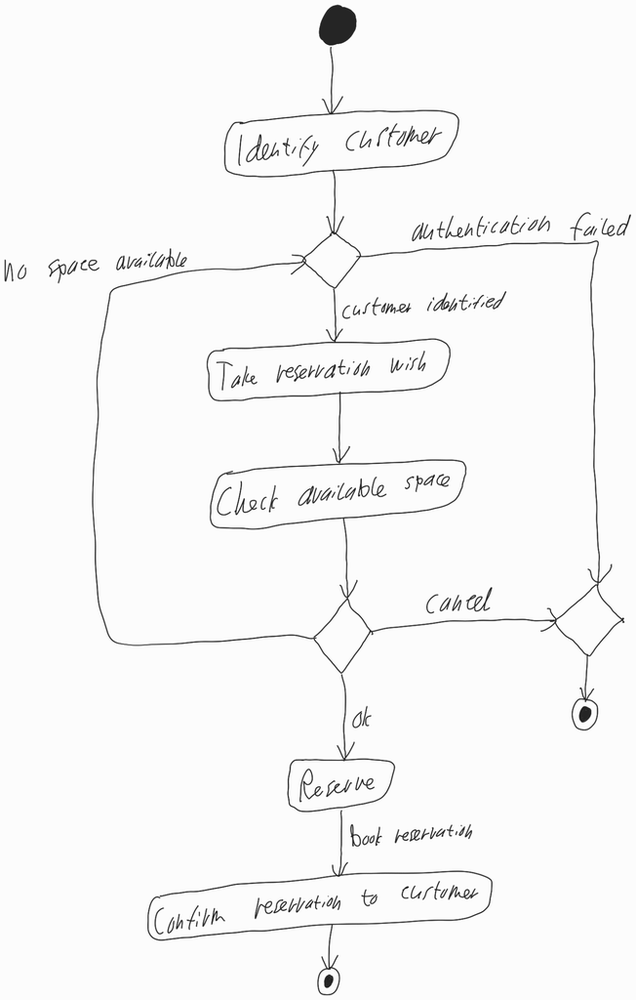
Diagram type: activity_diagram
```plantuml
@startuml

start

:Identify customer;

repeat
  if () then (authentication failed)
    stop
  else (customer identified)
    :Take reservation wish;
    :Check available space;

  endif
repeat while () is (no space available)

if () then (cancel)
  stop
else (ok)
  :Reserve;
  -> book reservation;
  :Confirm reservation to customer;
endif

stop

@enduml
```